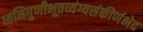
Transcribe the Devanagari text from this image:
ध्वनिगुणीभूतव्यंग्यसंकीर्णभेद